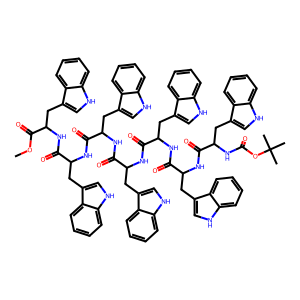
SMILES: COC(=O)C(Cc1c[nH]c2ccccc12)NC(=O)C(Cc1c[nH]c2ccccc12)NC(=O)C(Cc1c[nH]c2ccccc12)NC(=O)C(Cc1c[nH]c2ccccc12)NC(=O)C(Cc1c[nH]c2ccccc12)NC(=O)C(Cc1c[nH]c2ccccc12)NC(=O)C(Cc1c[nH]c2ccccc12)NC(=O)OC(C)(C)C
Inhibits HIV replication: No